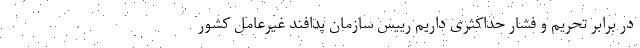
در برابر تحریم و فشار حداکثری داریم رییس سازمان پدافند غیرعامل کشور